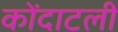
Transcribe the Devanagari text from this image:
कोंदाटली